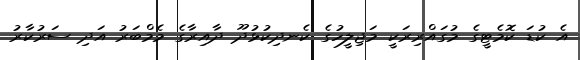
އެ ކުޑަ ކޮމެޓީގެ މުގައްރިރަކީ މަޖިލީހުގެ ކެނދިކުޅުދޫ ދާއިރާގެ މެމްބަރު އަދި ސަރުކާރު